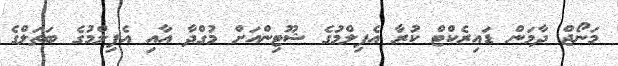
މަނޯޖް ދާމަން ޑައިރެކްޓް ކުރާ އެފިލްމުގެ ޝޫޓިންއަށް މުގްދާ އާއި އެފިލްމުގެ ބަތަލްގެ